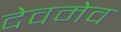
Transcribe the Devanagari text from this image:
देवमेव